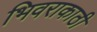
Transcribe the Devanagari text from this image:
भिवराकाठी